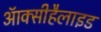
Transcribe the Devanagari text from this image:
ऑक्सीहैलाइड